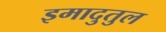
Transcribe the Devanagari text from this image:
इमादुतुल